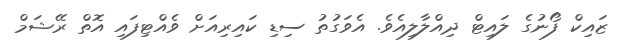
ޒައިކް ފޯނުގެ ލައިޓް ދިއްލާލިއެވެ. އެވަގުތު ސިޑި ކައިރިއަށް ވެއްޓިފައި އޮތް ރޭޝަމް